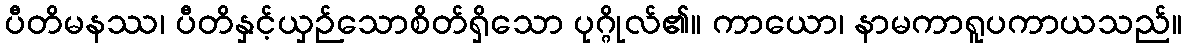
ပီတိမနဿ၊ ပီတိနှင့်ယှဉ်သောစိတ်ရှိသော ပုဂ္ဂိုလ်၏။ ကာယော၊ နာမကာရူပကာယသည်။